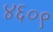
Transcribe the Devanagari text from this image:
४६०९